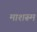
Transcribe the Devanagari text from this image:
माशरूम